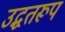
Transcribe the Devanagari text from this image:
उद्धतरूप